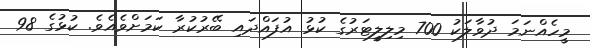
މީހެއްނަމަ ދުވާލަކު 700 މިލިލީޓަރުގެ ކުޅު އުފައްދައި ބޭރުކުރާ ކަމަށްވެއެވެ. ކުޅުގެ 98